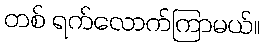
တစ် ရက်လောက်ကြာမယ်။